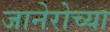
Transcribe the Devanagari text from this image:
जानेरोच्या